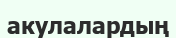
акулалардың